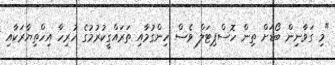
"މި ގަވާނިން ބޯޑަށް ތިން ހޮސްޕިޓަލް ވެސް ހިންގުމާއި ތަރައްގީކުރުމުގެ ހުރިހާ އިހްތިޔާރަކާއި